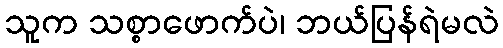
သူက သစ္စာဖောက်ပဲ၊ ဘယ်ပြန်ရဲမလဲ